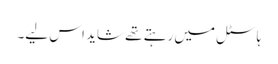
ہاسٹل میں رہتے تھے شاید اس لیے۔